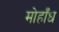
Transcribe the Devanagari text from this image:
मोहाँध